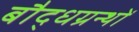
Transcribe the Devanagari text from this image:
बौद्धग्रन्थों